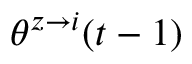
\theta ^ { z \rightarrow i } ( t - 1 )